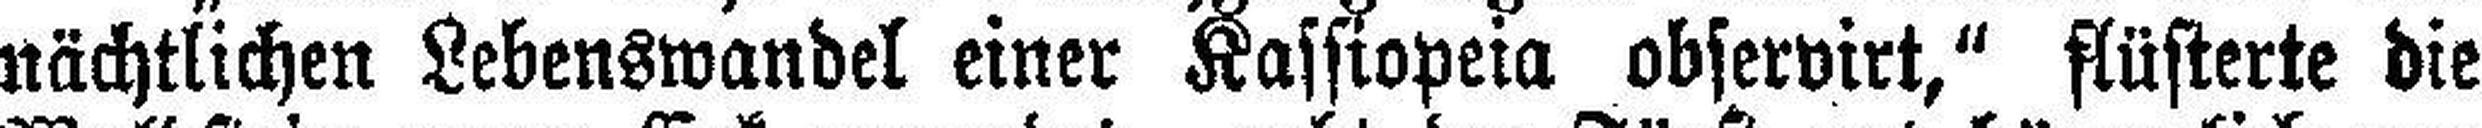
nächtlichen Lebenswandel einer Kassiopeia observirt," flüsterte die